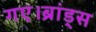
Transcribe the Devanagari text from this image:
गए।ब्रांड्स